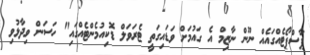
ޕާސްޕޯޓެއްގައެއް ނޫން ނާޒިމް އެ ގައުމަށް ވަޑައިގަތީ ޓެރަވަލް ޑޮކިއުމެންޓެއްގައި" ހަސަން ވިދާޅުވި